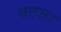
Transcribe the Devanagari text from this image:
बठता